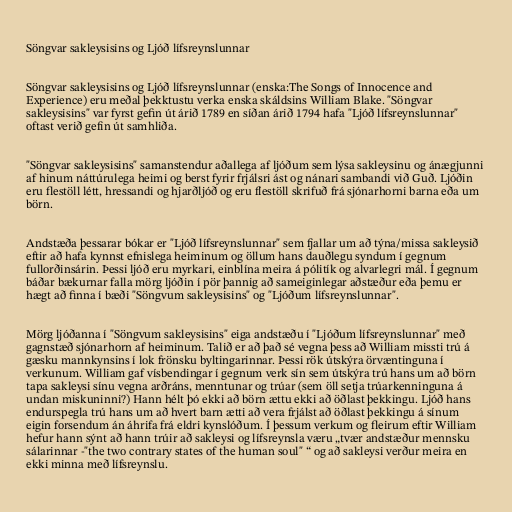
Söngvar sakleysisins og Ljóð lífsreynslunnar

Söngvar sakleysisins og Ljóð lífsreynslunnar (enska:The Songs of Innocence and
Experience) eru meðal þekktustu verka enska skáldsins William Blake. "Söngvar
sakleysisins" var fyrst gefin út árið 1789 en síðan árið 1794 hafa "Ljóð lífsreynslunnar"
oftast verið gefin út samhliða.

"Söngvar sakleysisins" samanstendur aðallega af ljóðum sem lýsa sakleysinu og ánægjunni
af hinum náttúrulega heimi og berst fyrir frjálsri ást og nánari sambandi við Guð. Ljóðin
eru flestöll létt, hressandi og hjarðljóð og eru flestöll skrifuð frá sjónarhorni barna eða um
börn.

Andstæða þessarar bókar er "Ljóð lífsreynslunnar" sem fjallar um að týna/missa sakleysið
eftir að hafa kynnst efnislega heiminum og öllum hans dauðlegu syndum í gegnum
fullorðinsárin. Þessi ljóð eru myrkari, einblína meira á pólitík og alvarlegri mál. Í gegnum
báðar bækurnar falla mörg ljóðin í pör þannig að sameiginlegar aðstæður eða þemu er
hægt að finna í bæði "Söngvum sakleysisins" og "Ljóðum lífsreynslunnar".

Mörg ljóðanna í "Söngvum sakleysisins" eiga andstæðu í "Ljóðum lífsreynslunnar" með
gagnstæð sjónarhorn af heiminum. Talið er að það sé vegna þess að William missti trú á
gæsku mannkynsins í lok frönsku byltingarinnar. Þessi rök útskýra örvæntinguna í
verkunum. William gaf vísbendingar í gegnum verk sín sem útskýra trú hans um að börn
tapa sakleysi sínu vegna arðráns, menntunar og trúar (sem öll setja trúarkenninguna á
undan miskuninni?) Hann hélt þó ekki að börn ættu ekki að öðlast þekkingu. Ljóð hans
endurspegla trú hans um að hvert barn ætti að vera frjálst að öðlast þekkingu á sínum
eigin forsendum án áhrifa frá eldri kynslóðum. Í þessum verkum og fleirum eftir William
hefur hann sýnt að hann trúir að sakleysi og lífsreynsla væru „tvær andstæður mennsku
sálarinnar -"the two contrary states of the human soul" “ og að sakleysi verður meira en
ekki minna með lífsreynslu.